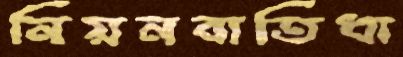
নিয়নবাতিধা